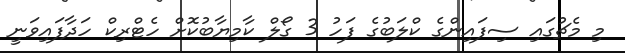
މި މެޗުގައި ސިފައިންގެ ކްލަބުގެ ފަހު 3 ގޯލް ކާމިޔާބުކޮށް ހެޓްރިކް ހަދާފައިވަނީ